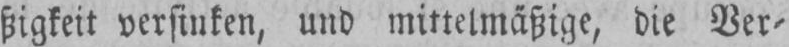
ßigkeit versinken, und mittelmäßige, die Ver⸗